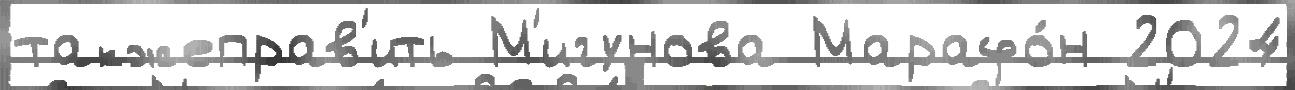
такжеправ'ить М'игунова Марафо́н 2024